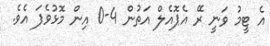
އެ ޓީމު ވަނީ ރޭ އެޕޮއެލް އަތުން 4-0 އިން މޮޅުވެފަ އެވެ.